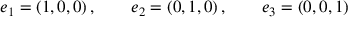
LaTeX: e _ { 1 } = ( 1 , 0 , 0 ) \, , \qquad e _ { 2 } = ( 0 , 1 , 0 ) \, , \qquad e _ { 3 } = ( 0 , 0 , 1 )